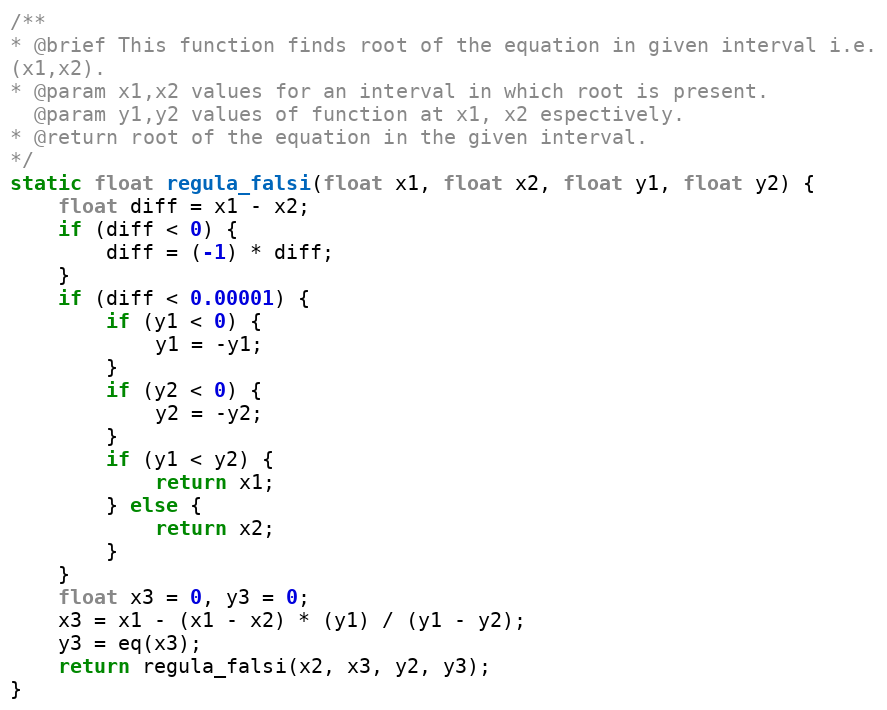
Language: C++
/**
* @brief This function finds root of the equation in given interval i.e.
(x1,x2).
* @param x1,x2 values for an interval in which root is present.
  @param y1,y2 values of function at x1, x2 espectively.
* @return root of the equation in the given interval.
*/
static float regula_falsi(float x1, float x2, float y1, float y2) {
    float diff = x1 - x2;
    if (diff < 0) {
        diff = (-1) * diff;
    }
    if (diff < 0.00001) {
        if (y1 < 0) {
            y1 = -y1;
        }
        if (y2 < 0) {
            y2 = -y2;
        }
        if (y1 < y2) {
            return x1;
        } else {
            return x2;
        }
    }
    float x3 = 0, y3 = 0;
    x3 = x1 - (x1 - x2) * (y1) / (y1 - y2);
    y3 = eq(x3);
    return regula_falsi(x2, x3, y2, y3);
}